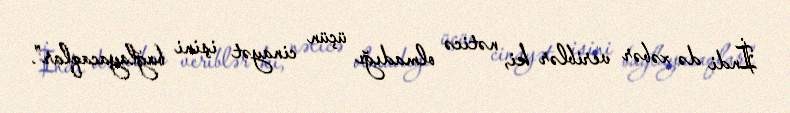
İndi də xəbər veriblər ki, nəticə olmadığı üçün cinayət işini bağlayacaqlar”.